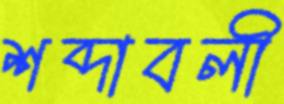
শব্দাবলী